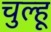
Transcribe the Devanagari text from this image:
चुल्हू